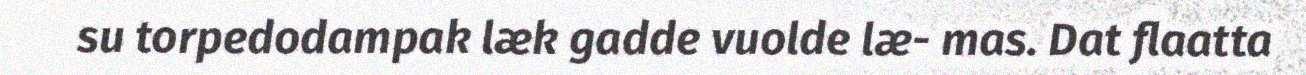
su torpedodampak læk gadde vuolde læ- mas. Dat flaatta